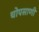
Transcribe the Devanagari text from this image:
चोपसाणी